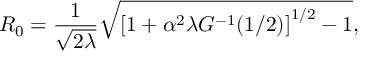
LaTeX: R _ { 0 } = \frac { 1 } { \sqrt { 2 \lambda } } \sqrt { \left[ 1 + \alpha ^ { 2 } \lambda G ^ { - 1 } ( 1 / 2 ) \right] ^ { 1 / 2 } - 1 } ,